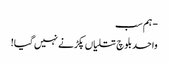
- ہم سب
واحد بلوچ تتلیاں پکڑنے نہیں گیا!